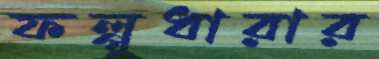
ফল্গুধারার